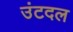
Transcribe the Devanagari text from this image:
उंटदल